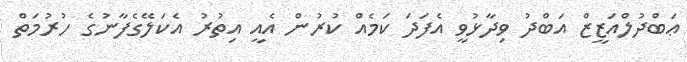
ޢަބްދުލްއަޒީޒް އަބްދު ވިދާޅުވީ އެފަދަ ކަމެއް ކުރުން އެއީ އިތުރު އެކަލޭގެފާނުގެ ހުރުމަތް